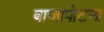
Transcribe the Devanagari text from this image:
बाजापोटना